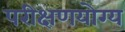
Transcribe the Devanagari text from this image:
परीक्षणयोग्य